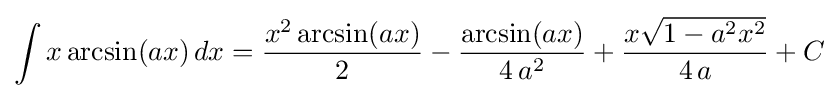
\int x\arcsin(ax)\,dx={\frac {x^{2}\arcsin(ax)}{2}}-{\frac {\arcsin(ax)}{4\,a^{2}}}+{\frac {x{\sqrt {1-a^{2}x^{2}}}}{4\,a}}+C